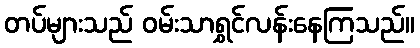
တပ်များသည် ဝမ်းသာရွှင်လန်းနေကြသည်။